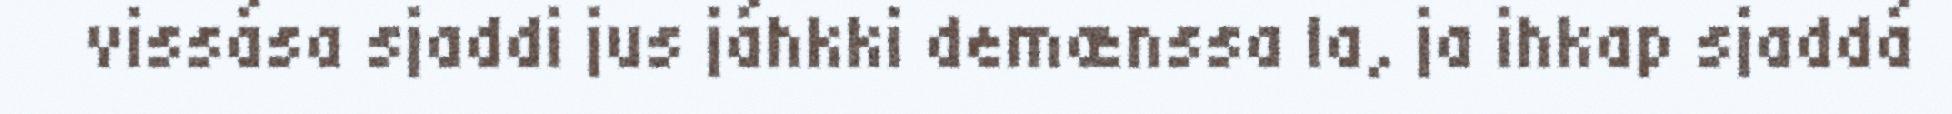
vissása sjaddi jus jáhkki demænssa la, ja ihkap sjaddá